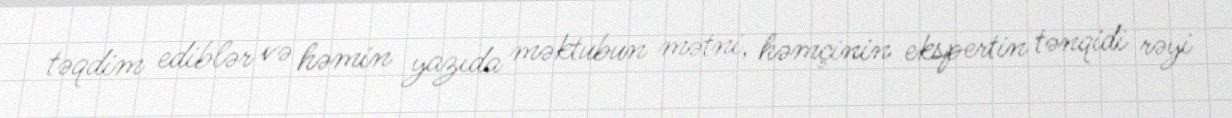
təqdim ediblər və həmin yazıda məktubun mətni, həmçinin ekspertin tənqidi rəyi